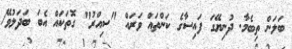
ބަލަން ތިބެމާ. ދުނިޔޭގަ ފައިސާގެ ކަންތައް ވަރައް "ސިއްރު" ގޮތަކައް އެބަ ބަދަލުވޭ/